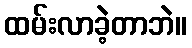
ထမ်းလာခဲ့တာဘဲ။